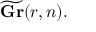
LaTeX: { \widetilde { \mathbf { G r } } } ( r , n ) .